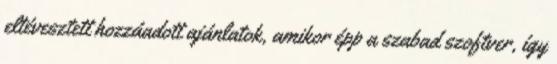
eltévesztett hozzáadott ajánlatok, amikor épp a szabad szoftver, így